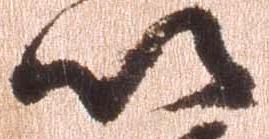
以